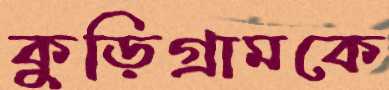
কুড়িগ্রামকে